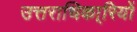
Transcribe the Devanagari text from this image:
उत्तराधिका्रियों